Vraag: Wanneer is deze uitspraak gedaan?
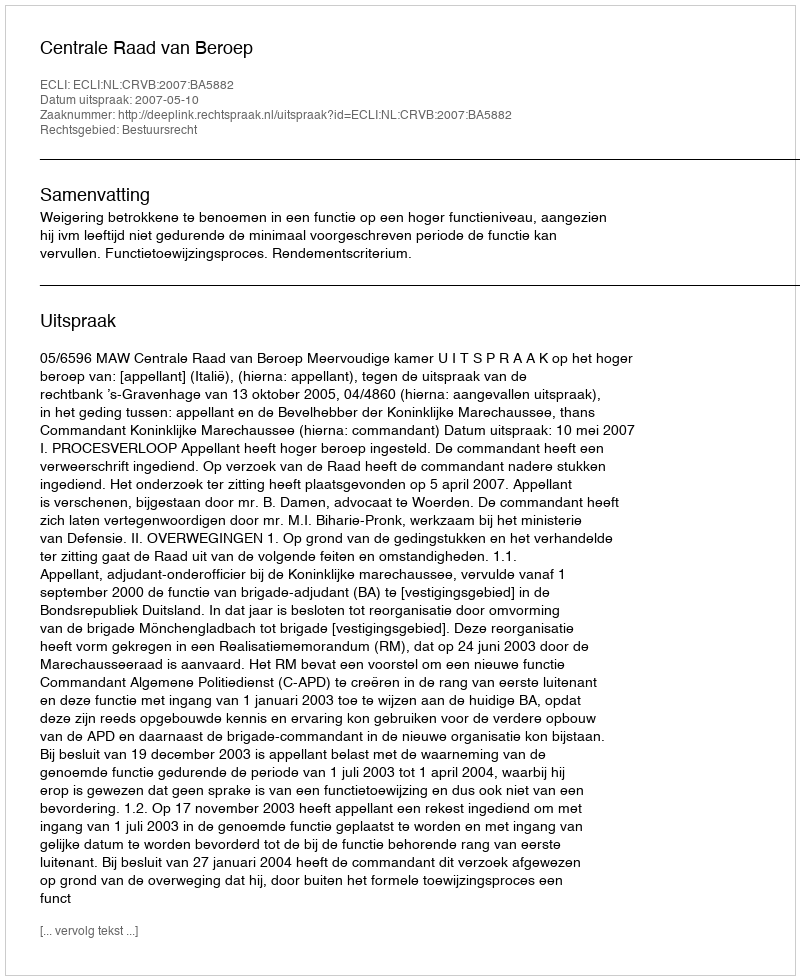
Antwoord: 2007-05-10